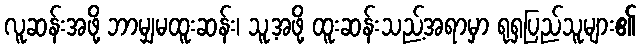
လူဆန်းအဖို့ ဘာမျှမထူးဆန်း၊ သူ့အဖို့ ထူးဆန်းသည့်အရာမှာ ရုရှပြည်သူများ၏